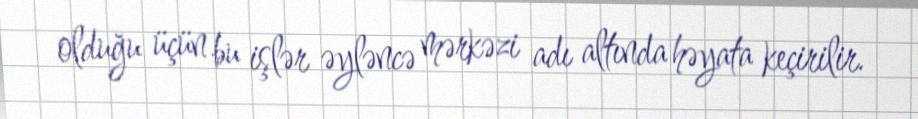
olduğu üçün bu işlər əyləncə mərkəzi adı altında həyata keçirilir.